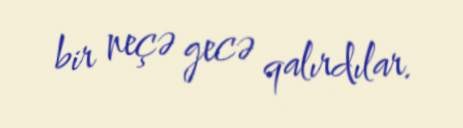
bir neçə gecə qalırdılar.